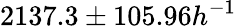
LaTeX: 2137.3\pm 105.96h^{-1}